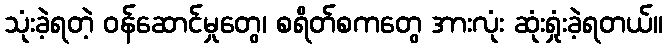
သုံးခဲ့ရတဲ့ ဝန်ဆောင်မှုတွေ၊ စရိတ်စကတွေ အားလုံး ဆုံးရှုံးခဲ့ရတယ်။